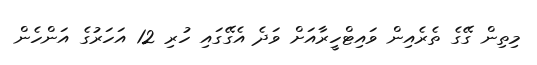
މިތިން ގޭގެ ތެރެއިން ވައިޓްހީރާއަށް ވަދެ އެގޭގައި ހުރި 12 އަހަރުގެ އަންހެން